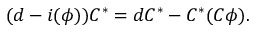
( d - i ( \phi ) ) C ^ { * } = d C ^ { * } - C ^ { * } ( C \phi ) .